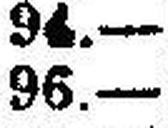
96.—